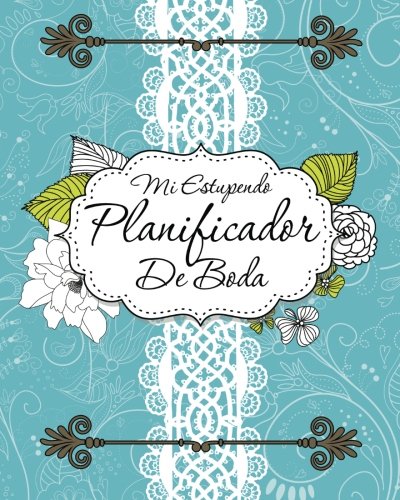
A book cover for Mi Estupendo Planificador De Boda (Spanish Edition); Speedy Publishing LLC; Crafts, Hobbies & Home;